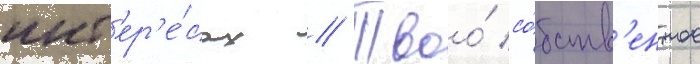
инт'ер'е́сах // Твоо́ со́бств'енное